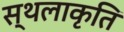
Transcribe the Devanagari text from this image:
स्‍थलाकृति